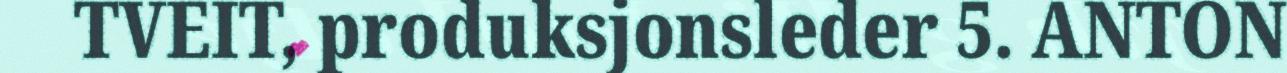
TVEIT, produksjonsleder 5. ANTON